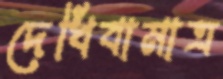
দেখিবামাত্র